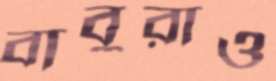
বাবুরাও